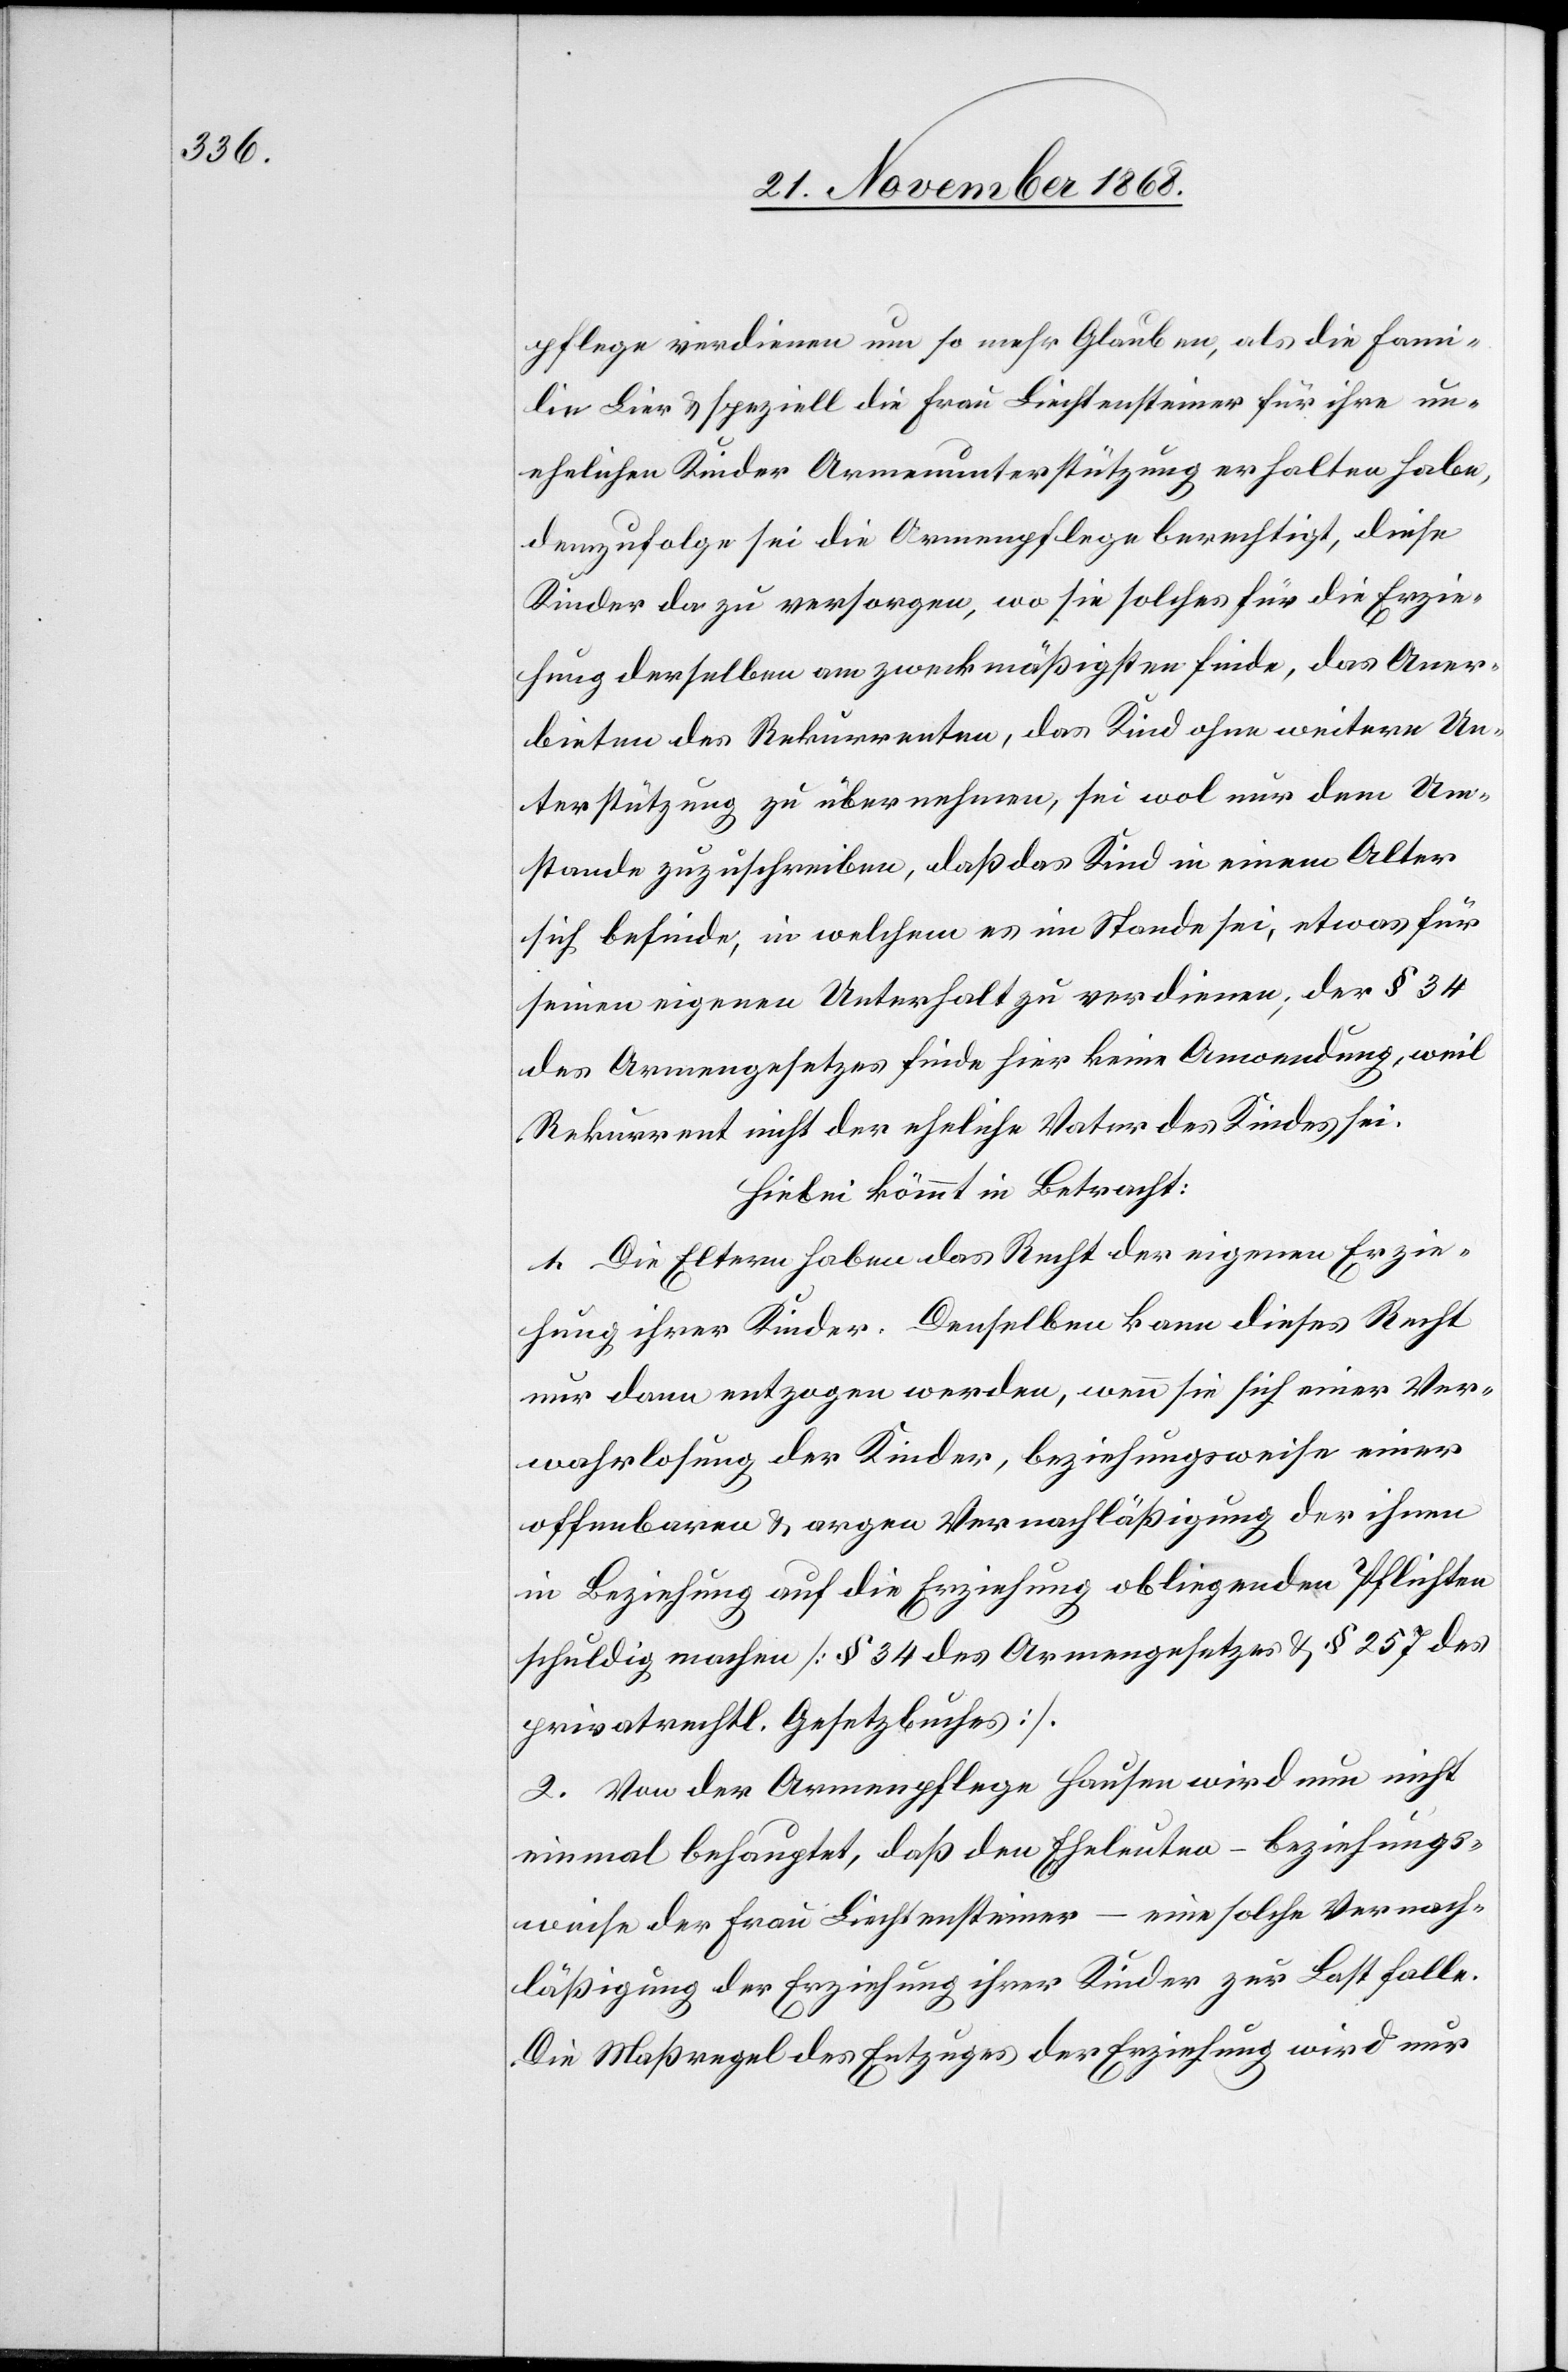
pflege verdienen um so mehr Glauben, als die Fami¬
lie Lier & speziell die Frau Liechtensteiner für ihre un¬
ehelichen Kinder Armenunterstützung erhalten habe,
demzufolge sei die Armenpflege berechtigt, diese
Kinder da zu versorgen, wo sie solches für die Erzie¬
hung derselben am zweckmäßigsten finde, das Aner¬
bieten des Rekurrenten, das Kind ohne weitere Un¬
terstützung zu übernehmen, sei wol nur dem Um¬
stande zuzuschreiben, daß das Kind in einem Alter
sich befinde, in welchem es im Stande sei, etwas für
seinen eigenen Unterhalt zu verdienen; der § 34
des Armengesetzes finde hier keine Anwendung, weil
Rekurrent nicht der eheliche Vater des Kindes sei.
Hiebei kömmt in Betracht:
1. Die Eltern haben das Recht der eigenen Erzie¬
hung ihrer Kinder. Denselben kann dieses Recht
nur dann entzogen werden, wenn sie sich einer Ver¬
wahrlosung der Kinder, beziehungsweise einer
offenbaren & argen Vernachläßigung der ihnen
in Beziehung auf die Erziehung obliegenden Pflichten
schuldig machen [§ 34 des Armengesetzes & § 257 des
privatrechtl. Gesetzbuches].
2. Von der Armenpflege Hausen wird nun nicht
einmal behauptet, daß den Eheleuten – beziehungs¬
weise der Frau Liechtensteiner – eine solche Vernach¬
läßigung der Erziehung ihrer Kinder zur Last falle.
Die Maßregel des Entzuges der Erziehung wird nur